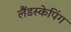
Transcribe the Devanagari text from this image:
लैंडस्केपिंग